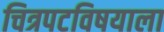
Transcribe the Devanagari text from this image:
चित्रपटविषयाला